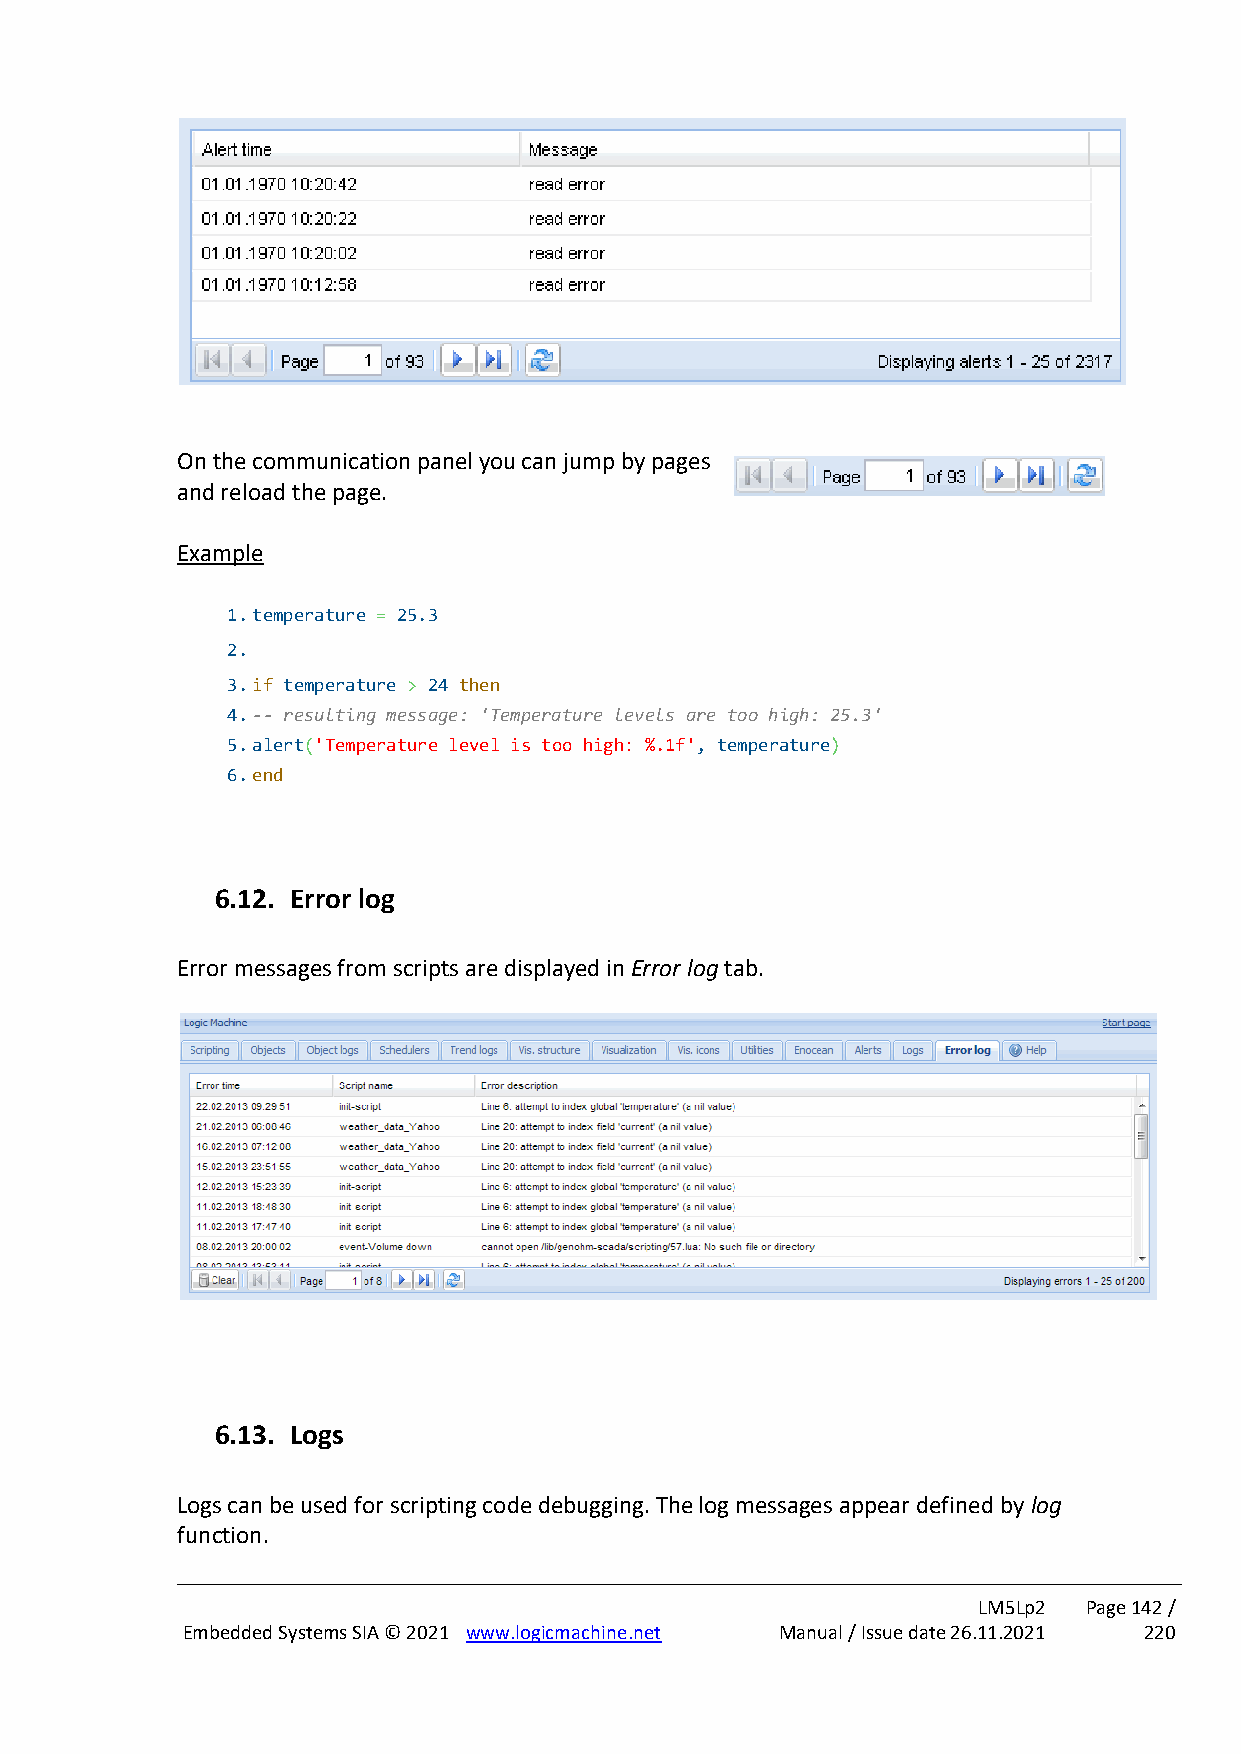
On the communication panel you can jump by pages
 and reload the page.
 Example
 1. temperature = 25.3
 2.
 3. if temperature > 24 then
 4. -- resulting message: 'Temperature levels are too high: 25.3'
 5. alert('Temperature level is too high: %.1f', temperature)
 6. end
 6.12. Error log
 Error messages from scripts are displayed in Error log tab.
 6.13. Logs
 Logs can be used for scripting code debugging. The log messages appear defined by log
 function.
 LM5Lp2 Page 142 /
 Embedded Systems SIA © 2021 www.logicmachine.net Manual / Issue date 26.11.2021 220